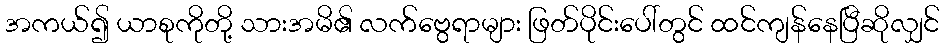
အကယ်၍ ယာစုကိုတို့ သားအမိ၏ လက်ဗွေရာများ ဖြတ်ပိုင်းပေါ်တွင် ထင်ကျန်နေပြီဆိုလျှင်